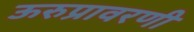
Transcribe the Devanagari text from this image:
ऊरुप्रावरणी